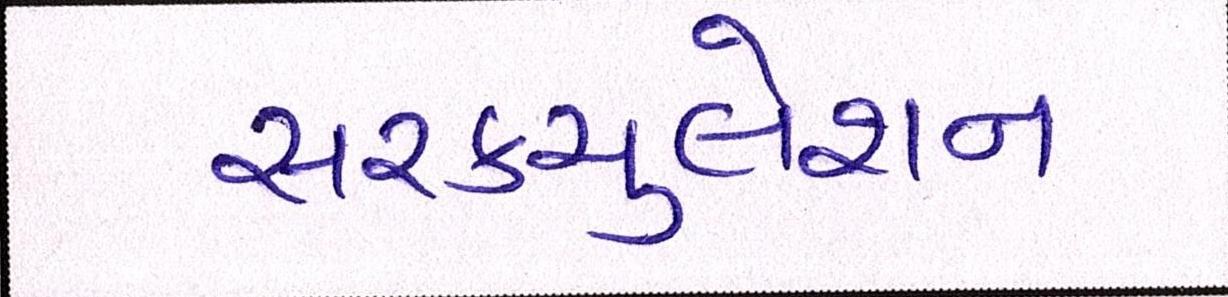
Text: સરકયુલેશન